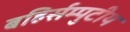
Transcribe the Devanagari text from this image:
बहिर्सम्पुटीय